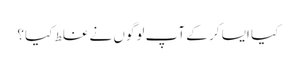
کیا ایسا کر کے آپ لوگوں نے غلط کیا؟